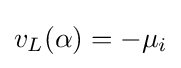
v_{L}(\alpha )=-\mu _{i}